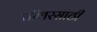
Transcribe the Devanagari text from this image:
बॉलरसाठी